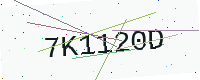
Text: 7K1120D